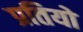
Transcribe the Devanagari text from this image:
प्रतियो